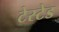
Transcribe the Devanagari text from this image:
टेस्टेड